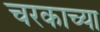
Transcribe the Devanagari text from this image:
चरकाच्या